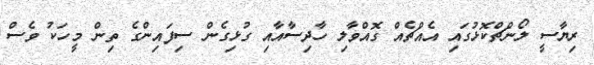
ރިޔާސީ ލޯންޗްކޮޅުގައި އެއްޗެއް ގޮއްވާލި ހާދިސާއާއި ގުޅިގެން ސިފައިންގެ ތިން މީހަކު ވެސް